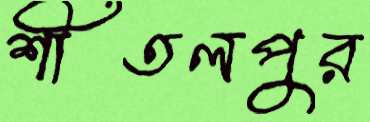
শীতলপুর